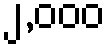
၂,၀၀၀